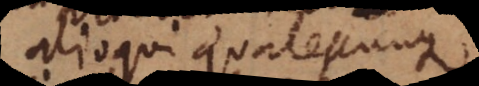
alioqui qualescunque